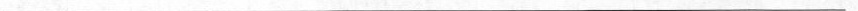
___